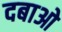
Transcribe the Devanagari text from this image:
दबाओ